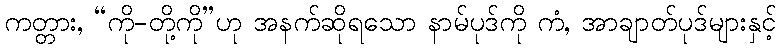
ကတ္တား, “ကို-တို့ကို”ဟု အနက်ဆိုရသော နာမ်ပုဒ်ကို ကံ, အာချာတ်ပုဒ်များနှင့်